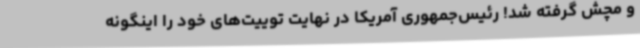
و مچش گرفته شد! رئیس‌جمهوری آمریکا در نهایت توییت‌های خود را اینگونه